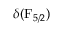
\delta ( \mathrm { F } _ { 5 / 2 } )